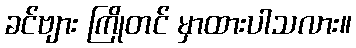
ခင်ဗျား ကြိုတင် မှာထားပါသလား။